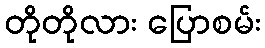
တိုတိုလား ပြောစမ်း